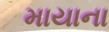
માયાના